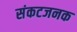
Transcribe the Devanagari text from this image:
संकटजनक